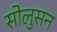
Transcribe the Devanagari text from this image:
सोलुसन